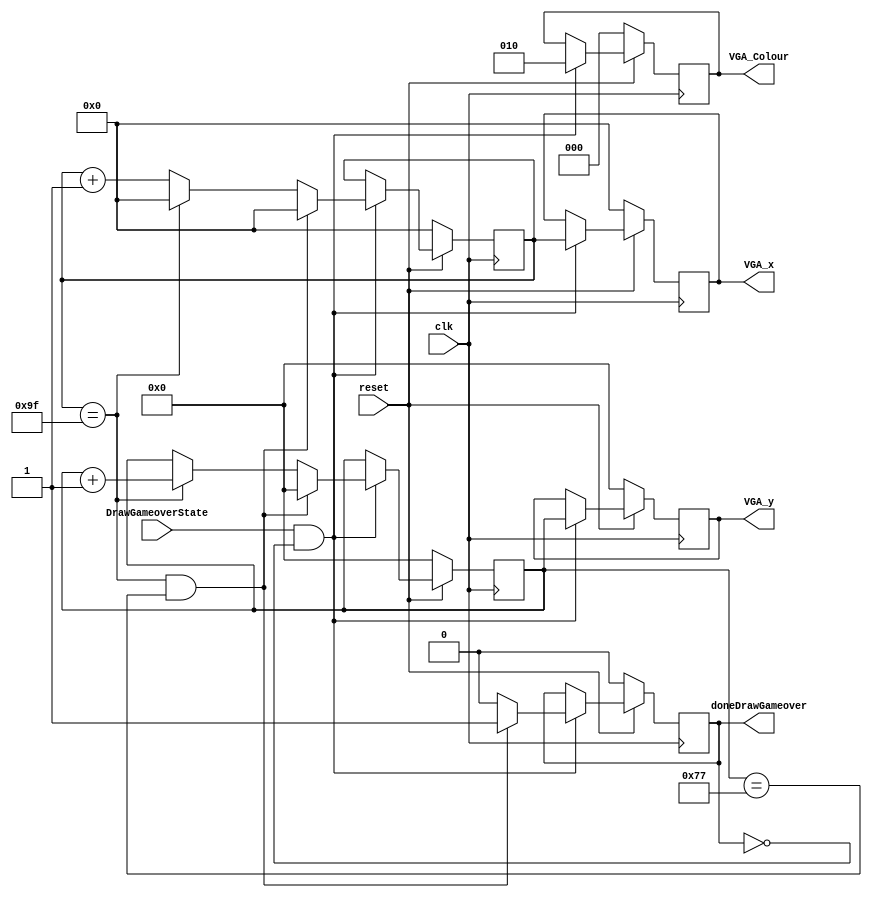
module drawGameover(	
	input clk, reset,
	input DrawGameoverState,
	output reg [2:0] VGA_Colour,// VGA pixel colour (RGB)
	output reg [7:0] VGA_x, 
	output reg [6:0] VGA_y,
	output reg doneDrawGameover
	);

	reg [7:0]bX; 
	reg [6:0]bY;
	always @ (posedge clk)
	begin
		if (reset == 1'b0)begin
			VGA_x <= 8'b0;
			VGA_y <= 7'b0;
			VGA_Colour <= 3'b000;//black
			doneDrawGameover <= 1'b0;
			bX <= 8'b0;
			bY <=7'b0;
		end
		else if(DrawGameoverState && !doneDrawGameover)begin
					 if (bX == 8'd159 && bY == 7'd119) begin
						  bX <= 0;
						  bY <= 0;
						  doneDrawGameover <= 1'b1;
					 end 
					 else if (bX == 8'd159) begin
						  bX <= 0;
						  bY <= bY + 1;
						  doneDrawGameover <= 1'b0;
					 end 
					 else begin
						  bX <= bX + 1;
						  doneDrawGameover <= 1'b0;
					 end
					 
					 VGA_x <= bX;
					 VGA_y <= bY;
					 VGA_Colour <= 3'b010; 	
		end
	end
endmodule